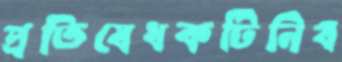
প্রতিষেধকটিনিব